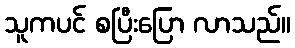
သူကပင် စပြီးပြော လာသည်။